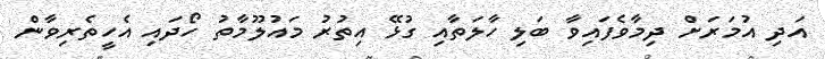
އަދި އުމަރަށް ދިމާވެފައިވާ ބަލި ހާލަތާއި ގުޅޭ އިތުރު މައުލޫމާތު ހޯދައި އެހީތެރިވާން